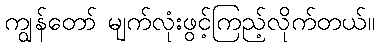
ကျွန်တော် မျက်လုံးဖွင့်ကြည့်လိုက်တယ်။